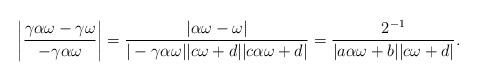
LaTeX: \begin{align*}\left|\dfrac{\gamma \alpha \omega - \gamma \omega}{- \gamma \alpha \omega}\right|=\dfrac{|\alpha \omega-\omega|}{|-\gamma \alpha \omega||c \omega+d||c \alpha \omega+d|}=\dfrac{2^{-1}}{|a \alpha \omega+b||c \omega+d|}.\end{align*}